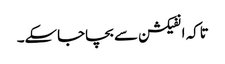
تاکہ انفیکشن سے بچاجاسکے۔